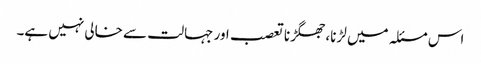
اس مسئلہ میں لڑنا، جھگڑنا تعصب اور جہالت سے خالی نہیں ہے۔